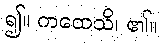
၍။ ကထေသိ၊ ၏။